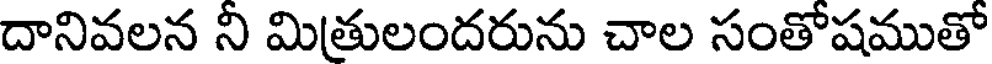
దానివలన ని మిత్రులందరును చాల సంతోషముతో